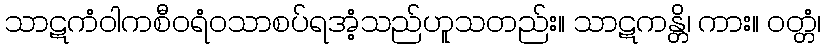
သာဋကံဝါကစီဝရံဝသာစပ်ရအံ့သည်ဟူသတည်း။ သာဋကန္တိ၊ ကား။ ဝတ္တံ၊